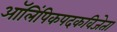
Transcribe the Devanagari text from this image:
ऑलिंपिकपदकविजेता